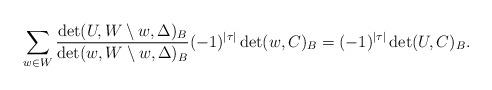
LaTeX: \begin{align*}\sum_{w \in W} \frac{ \det(U, W \setminus w, \Delta)_{B} }{ \det(w, W \setminus w, \Delta)_{B} } (-1)^{|\tau|} \det(w,C)_{B} = (-1)^{|\tau|} \det(U,C)_{B}.\end{align*}